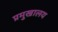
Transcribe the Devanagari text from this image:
प्रमुखालय